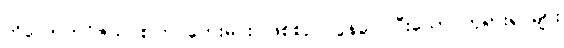
တိလောကဝိဇယ စကြဝတေးမင်း ဖြစ်စဉ် လွန်လေပြီးသော ဘုရားရှင်များ